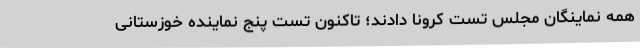
همه نماینگان مجلس تست کرونا دادند؛ تاکنون تست پنج نماینده خوزستانی